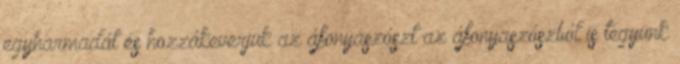
egyharmadát és hozzákeverjük az áfonyaszószt az áfonyaszószból is tegyünk